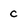
Character: c